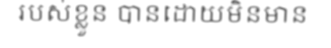
របស់ខ្លួន បានដោយមិនមាន